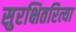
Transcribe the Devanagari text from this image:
सुरक्षितरित्या